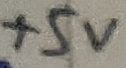
Text: +5V